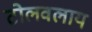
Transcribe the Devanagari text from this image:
टोलवलाय